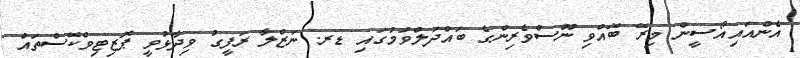
އެންއައިއޯސީން މިރޭ ބޭއްވި ނޫސްވެރިންގެ ބައްދަލްވުމުގައި ޑރ. ނަޒްލާ ރަފީގު ވިދާޅުވީ ޕޮޒިޓިވްކޭސްތައް